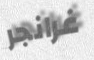
غرانجر